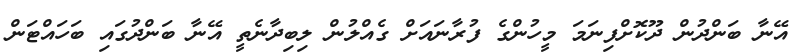
އޭނާ ބަންދުން ދޫކޮށްފިނަމަ މީހުންގެ ފުރާނައަށް ގެއްލުން ލިބިދާނެތީ އޭނާ ބަންދުގައި ބަހައްޓަން